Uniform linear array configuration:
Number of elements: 12
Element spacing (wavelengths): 0.25
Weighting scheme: exponential
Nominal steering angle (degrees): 15
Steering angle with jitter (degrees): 15.867
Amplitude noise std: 0.05
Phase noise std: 0.05

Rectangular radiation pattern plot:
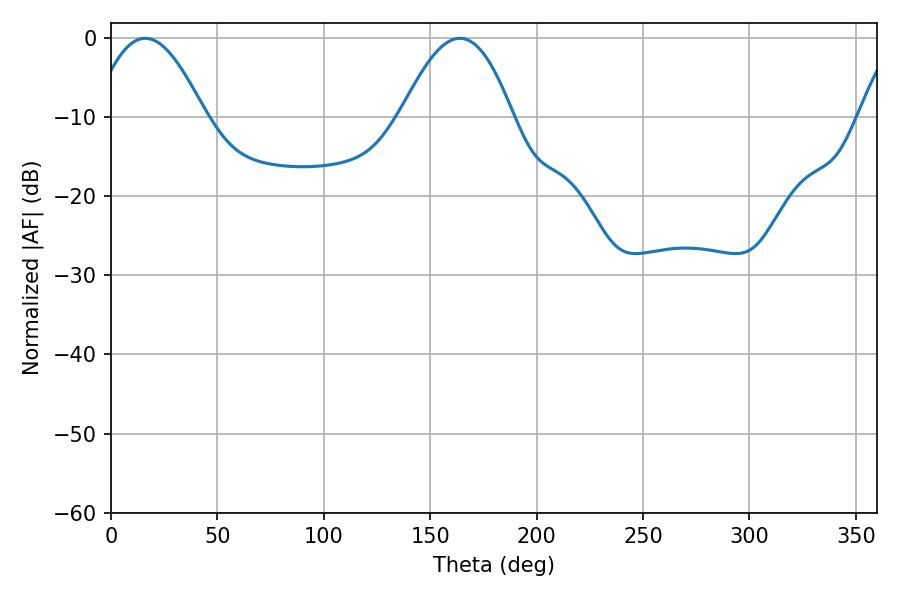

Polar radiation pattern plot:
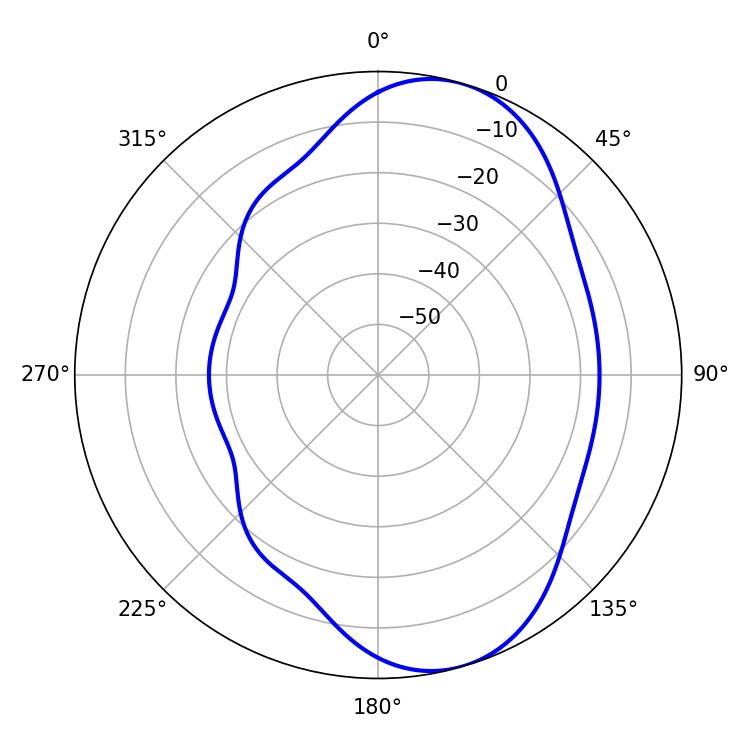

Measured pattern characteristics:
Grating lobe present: FALSE
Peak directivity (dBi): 7.711
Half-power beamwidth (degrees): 28.44
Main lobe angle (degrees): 16.02